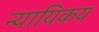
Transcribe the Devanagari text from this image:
न्यायिकय